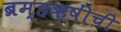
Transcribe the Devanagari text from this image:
ब्रम्हऋषींची